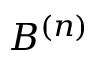
B ^ { ( n ) }